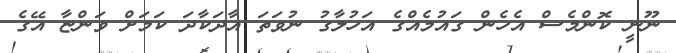
ނޫނީ ކޮންމެސް އެހެން ގައުމެއްގެ އަހުލާގު ނުވަތަ އާދަކާދަ ކަމަށް ވަންޏާ އޭގެ